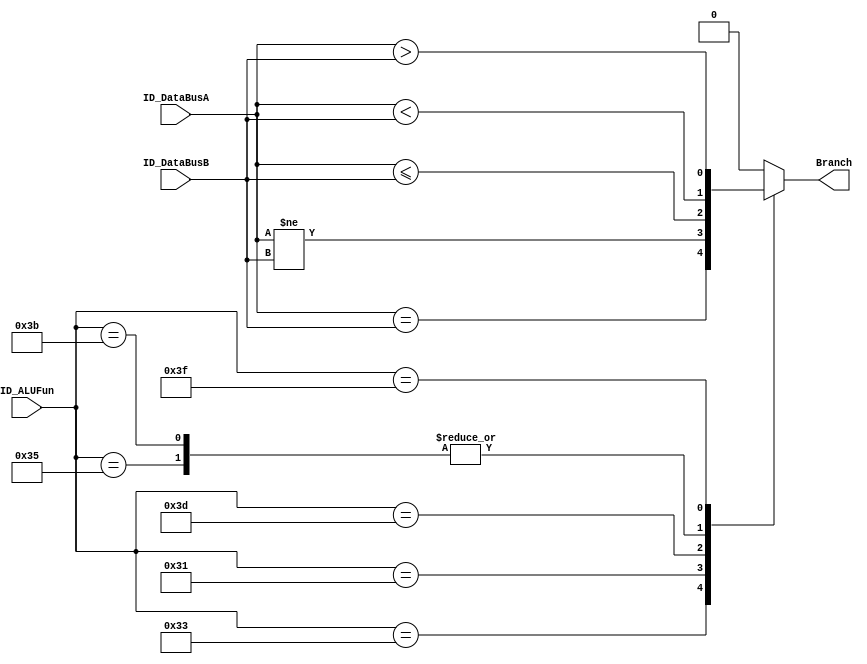
module AheadBranch(
    input [31:0] ID_DataBusA, ID_DataBusB,
    input [5:0] ID_ALUFun,

    output reg Branch
);
// ALU
always @(*) begin
    case (ID_ALUFun)
        6'b110011: Branch <= ID_DataBusA==ID_DataBusB;
        6'b110001: Branch <= ID_DataBusA!=ID_DataBusB;
        6'b110101: Branch <= ID_DataBusA<ID_DataBusB;
        6'b111101: Branch <= ID_DataBusA<=ID_DataBusB;
        6'b111011: Branch <= ID_DataBusA<ID_DataBusB;
        6'b111111: Branch <= ID_DataBusA>ID_DataBusB;
      default: Branch <= 0;
    endcase
end
endmodule